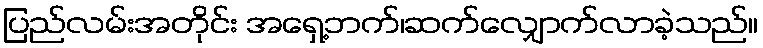
ပြည်လမ်းအတိုင်း အရှေ့ဘက်၊ဆက်လျှောက်လာခဲ့သည်။